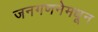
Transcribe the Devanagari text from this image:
जनगणनेमधून